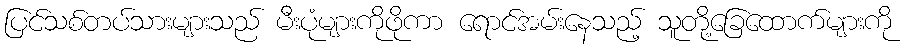
ပြင်သစ်တပ်သားများသည် မီးပုံများကိုဖိုကာ ရောင်အမ်းနေသည့် သူတို့ခြေထောက်များကို